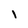
Character: i